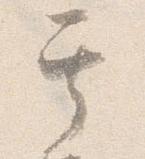
其